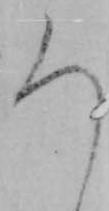
ろ